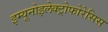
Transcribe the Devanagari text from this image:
इम्यूनोइलेक्ट्रोफोरेसिस